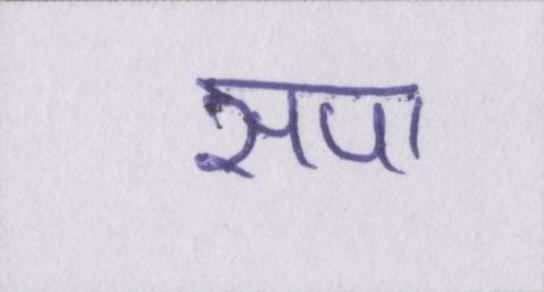
सपा